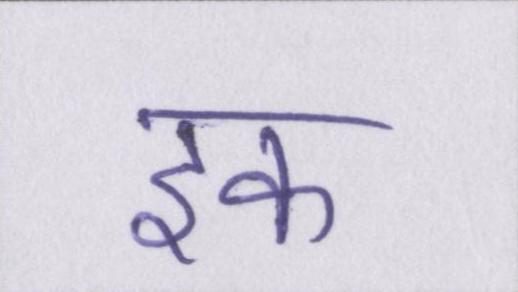
इक